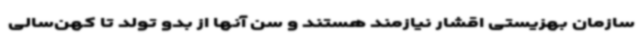
سازمان بهزیستی اقشار نیازمند هستند و سن آنها از بدو تولد تا کهن‌سالی